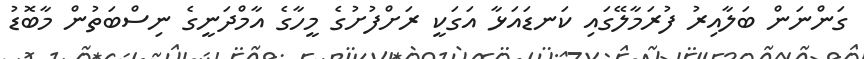
ގަންނަން ބަލާއިރު ފުރަމާލޭގައި ކަނޑައަޅާ އަގަކީ ރަށްފުށުގެ މީހާގެ އާމްދަނީގެ ނިސްބަތުން މާބޮޑު